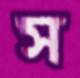
স